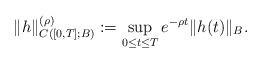
LaTeX: \begin{align*}\|h\|_{C([0,T];B)}^{(\rho)}:=\sup_{0\le t\le T} e^{-\rho t} \|h(t)\|_{B}. \end{align*}